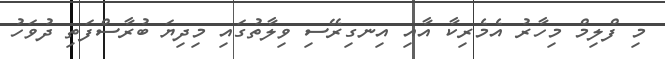
މި ފްލިމް މިހާރު އެމެރިކާ އާއި އިނގިރޭސި ވިލާތުގައި މިދިޔަ ބުރާސްފަތި ދުވަހު